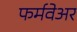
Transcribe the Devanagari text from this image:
फर्मवेअर